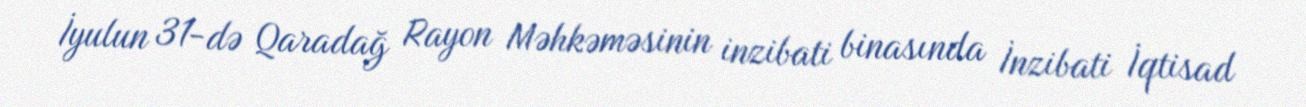
İyulun 31-də Qaradağ Rayon Məhkəməsinin inzibati binasında İnzibati İqtisad